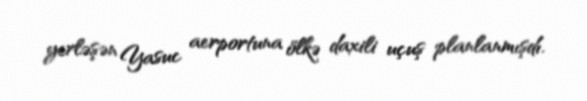
yerləşən Yasuc aerportuna ölkə daxili uçuş planlanmışdı.